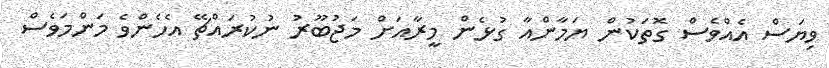
ވިޔަސް އެއްވެސް ގޮތަކުން ޔަމާންއާ ގުޅެން މީރާއަށް މަޖުބޫރު ނުކުރައްޗޭ އެހެންވެ މަންމަވެސް